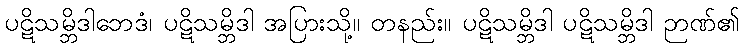
ပဋိသမ္ဘိဒါဘေဒံ၊ ပဋိသမ္ဘိဒါ အပြားသို့။ တနည်း။ ပဋိသမ္ဘိဒါ ပဋိသမ္ဘိဒါ ဉာဏ်၏